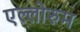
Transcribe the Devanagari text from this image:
एल्लोरुम